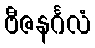
ဗီဇနင်္ဂလံ